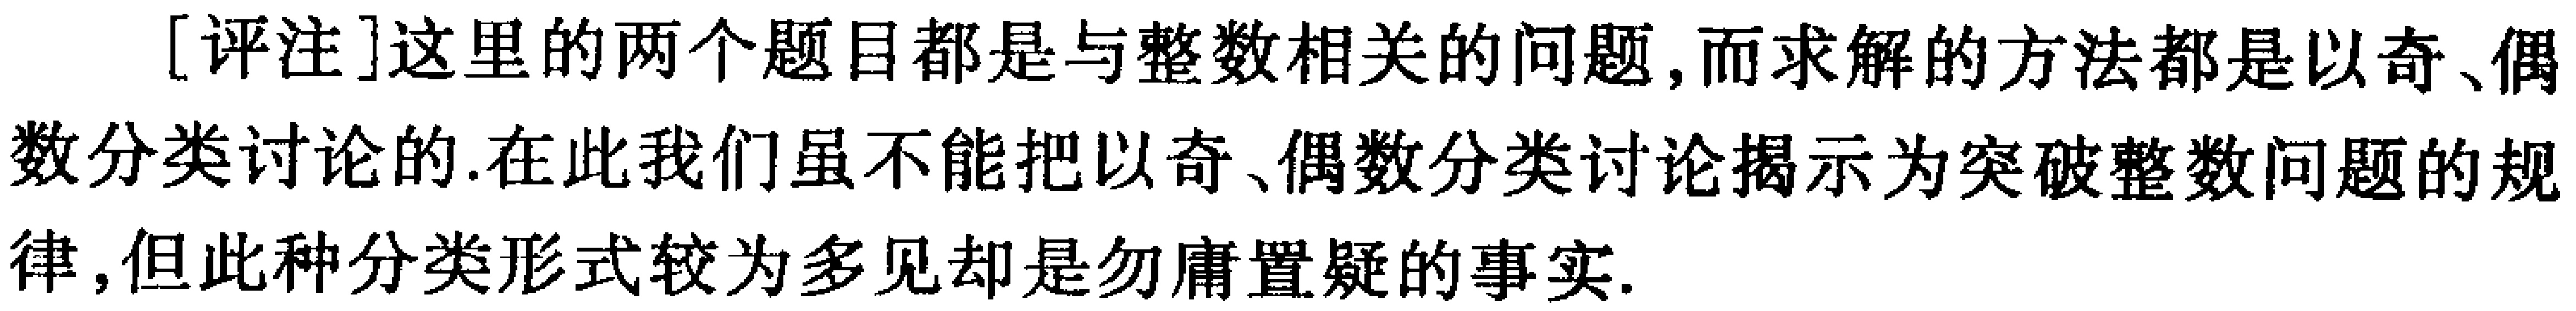
[评注]这里的两个题目都是与整数相关的问题,而求解的方法都是以奇、偶数分类讨论的.在此我们虽不能把以奇、偶数分类讨论揭示为突破整数问题的规律,但此种分类形式较为多见却是勿庸置疑的事实.